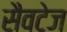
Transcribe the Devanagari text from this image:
सैवटेज